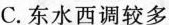
C.东水西调较多